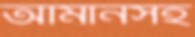
আমানসহ